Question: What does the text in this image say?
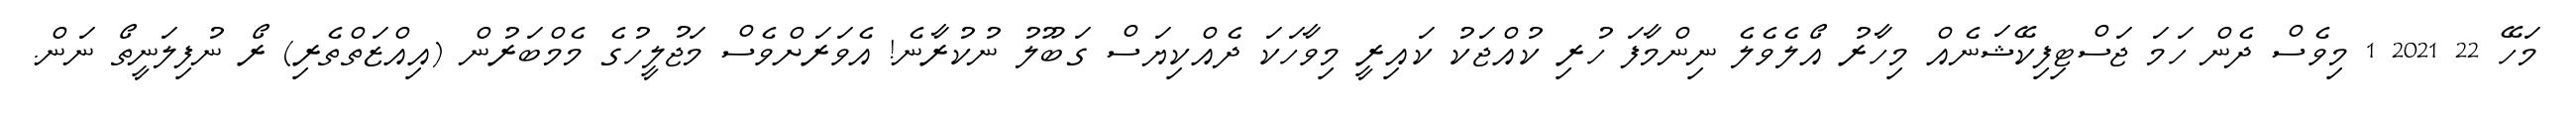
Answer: މަހޭ 22 2021 1 މިވެސް ދެން ހަމަ ޖަސްޓިފިކޭޝަނެއް މިހާރު އޯލެވެލެ ނިންމާފަ ހުރި ކުއްޖަކު ކައިރީ މިވާހަކަ ދެއްކިޔަސް ގަބޫލު ނުކުރާނެ! އެވަރަށްވެސް މަޖުލީހުގެ މެމްބަރުން (އިއްޒަތްތެރި) ރޯ ނުފިލަނީތޯ ނަން.